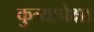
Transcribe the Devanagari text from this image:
कुत्र्यापेक्षा